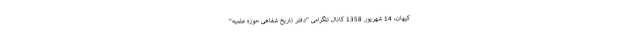
کیهان، 14 شهریور 1358 کانال تلگرامی "دفتر تاریخ شفاهی حوزه علمیه"